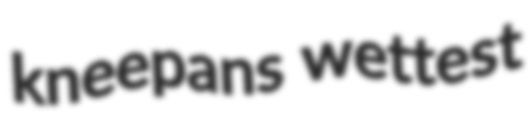
kneepans wettest